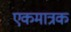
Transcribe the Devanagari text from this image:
एकमात्रक